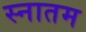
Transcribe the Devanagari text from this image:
स्नातम